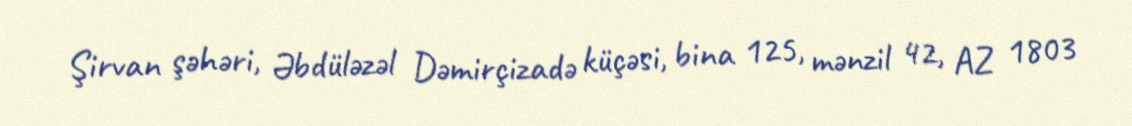
Şirvan şəhəri, Əbdüləzəl Dəmirçizadə küçəsi, bina 125, mənzil 42, AZ 1803